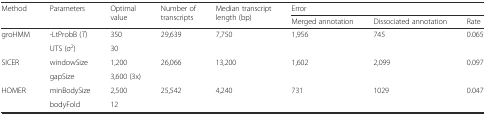
<table><thead><tr><td rowspan="2"><b>Method</b></td><td rowspan="2"><b>Parameters</b></td><td rowspan="2"><b>Optimal value</b></td><td rowspan="2"><b>Number of transcripts</b></td><td rowspan="2"><b>Median transcript length (bp)</b></td><td colspan="3"><b>Error</b></td></tr><tr><td><b>Merged annotation</b></td><td><b>Dissociated annotation</b></td><td><b>Rate</b></td></tr></thead><tbody><tr><td rowspan="2">groHMM</td><td>-LtProbB (<i>T</i>)</td><td>350</td><td rowspan="2">29,639</td><td rowspan="2">7,750</td><td rowspan="2">1,956</td><td rowspan="2">745</td><td rowspan="2">0.065</td></tr><tr><td>UTS (σ<sup>2</sup>)</td><td>30</td></tr><tr><td rowspan="2">SICER</td><td>windowSize</td><td>1,200</td><td rowspan="2">26,066</td><td rowspan="2">13,200</td><td rowspan="2">1,602</td><td rowspan="2">2,099</td><td rowspan="2">0.097</td></tr><tr><td>gapSize</td><td>3,600 (3x)</td></tr><tr><td rowspan="2">HOMER</td><td>minBodySize</td><td>2,500</td><td rowspan="2">25,542</td><td rowspan="2">4,240</td><td rowspan="2">731</td><td rowspan="2">1029</td><td rowspan="2">0.047</td></tr><tr><td>bodyFold</td><td>12</td></tr></tbody></table>